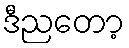
ဒီညတော့